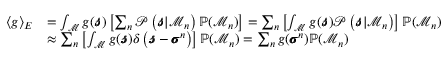
\begin{array} { r l } { \langle g \rangle _ { E } } & { = \int _ { \mathcal { M } } g ( \pmb { \mathscr { s } } ) \left[ \sum _ { n } \mathcal { P } \left( \pmb { \mathscr { s } } | \mathcal { M } _ { n } \right) \mathbb { P } ( \mathcal { M } _ { n } ) \right] = \sum _ { n } \left[ \int _ { \mathcal { M } } g ( \pmb { \mathscr { s } } ) \mathcal { P } \left( \pmb { \mathscr { s } } | \mathcal { M } _ { n } \right) \right] \mathbb { P } ( \mathcal { M } _ { n } ) } \\ & { \approx \sum _ { n } \left[ \int _ { \mathcal { M } } g ( \pmb { \mathscr { s } } ) \delta \left( \pmb { \mathscr { s } } - \pmb { \sigma } ^ { n } \right) \right] \mathbb { P } ( \mathcal { M } _ { n } ) = \sum _ { n } g ( \pmb { \sigma } ^ { n } ) \mathbb { P } ( \mathcal { M } _ { n } ) } \end{array}